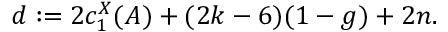
d : = 2 c _ { 1 } ^ { X } ( A ) + ( 2 k - 6 ) ( 1 - g ) + 2 n .